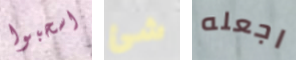
اسحبوا شئ اجعله